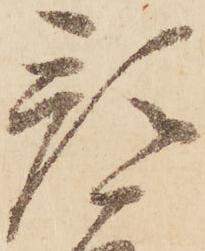
預